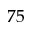
7 5